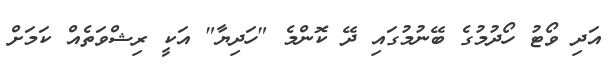
އަދި ވޯޓު ހޯދުމުގެ ބޭނުމުގައި ދޭ ކޮންމެ "ހަދިޔާ" އަކީ ރިޝްވަތެއް ކަމަށް